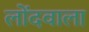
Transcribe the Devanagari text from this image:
लोंदवाला